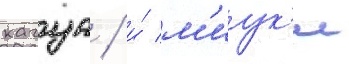
кагуа / и́ м'иук'и